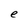
Character: e